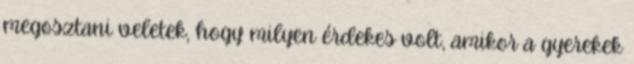
megosztani veletek, hogy milyen érdekes volt, amikor a gyerekek